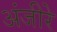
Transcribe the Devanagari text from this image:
अंजीरे